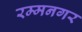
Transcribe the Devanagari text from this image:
रम्मनगर